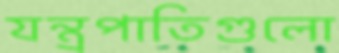
যন্ত্রপাতিগুলো